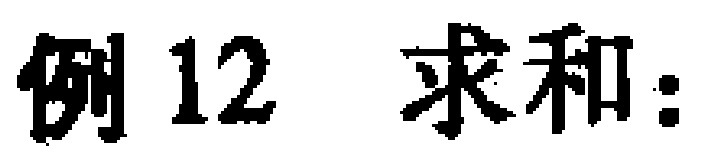
例 12 求和：